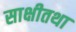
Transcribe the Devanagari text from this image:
साक्षीतथा